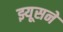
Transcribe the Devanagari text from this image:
झ्यूसने